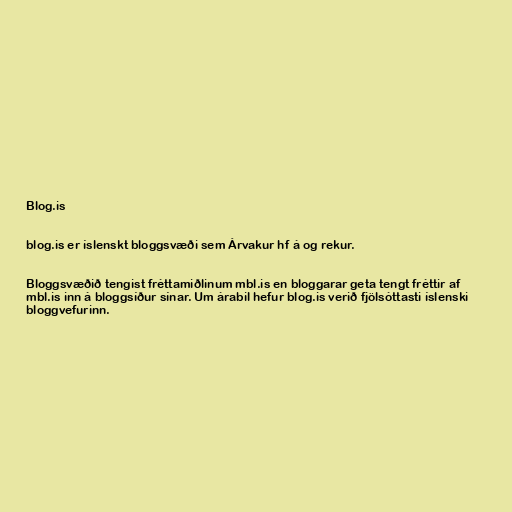
Blog.is

blog.is er íslenskt bloggsvæði sem Árvakur hf á og rekur.

Bloggsvæðið tengist fréttamiðlinum mbl.is en bloggarar geta tengt fréttir af
mbl.is inn á bloggsíður sínar. Um árabil hefur blog.is verið fjölsóttasti íslenski
bloggvefurinn.